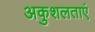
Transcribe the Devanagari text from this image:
अकुशलताएं